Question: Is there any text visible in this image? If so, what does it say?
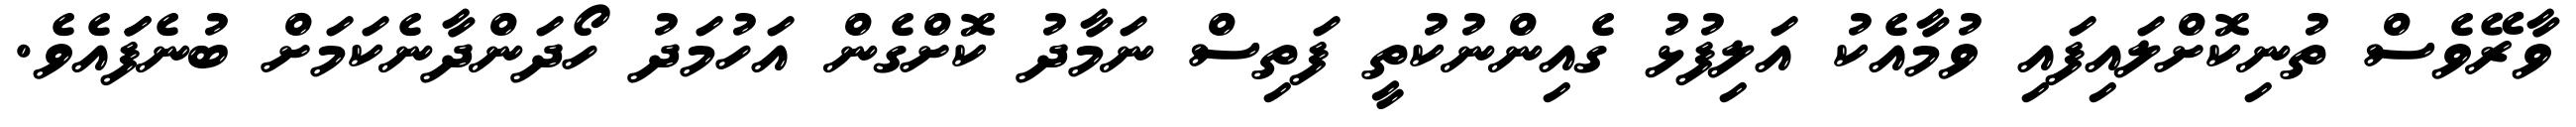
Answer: ވާރޭވެސް ތުނިކޮށްލައިފައި ވުމާއެކު އަލިފުޅު ގެއިންނުކުތީ ފަތިސް ނަމާދު ކޮށްގެން އަހުމަދު ހޯދަންދާނެކަމަށް ބުނެފަައެވެ.